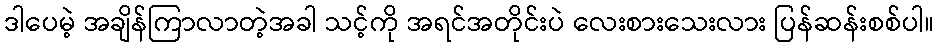
ဒါပေမဲ့ အချိန်ကြာလာတဲ့အခါ သင့်ကို အရင်အတိုင်းပဲ လေးစားသေးလား ပြန်ဆန်းစစ်ပါ။